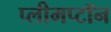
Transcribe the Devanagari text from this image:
प्लीमप्टॉन